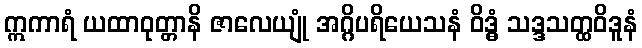
ဣကာရံ ယထာဝုတ္တာနိ ဇာလေယျုံ အဂ္ဂိပရိယေသနံ ဝိဒ္ဓံ သဒ္ဒသတ္ထဝိဒူနံ